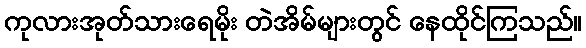
ကုလားအုတ်သားရေမိုး တဲအိမ်များတွင် နေထိုင်ကြသည်။